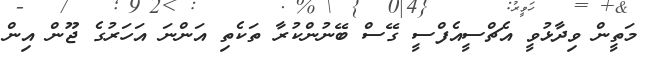
މަތީން ވިދާޅުވީ އެޗްސީއެފްސީ ގޭސް ބޭނުންކުރާ ތަކެތި އަންނަ އަހަރުގެ ޖޫން އިން